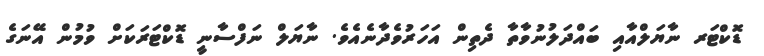
ޑޮކްޓަރ ނާޔަލްއާއި ބައްދަލުނުވާތާ ދެތިން އަހަރުވެދާނެއެވެ. ނާޔަލް ނަފްސާނީ ޑޮކްޓަރަކަށް ވުމުން އޭނަގެ